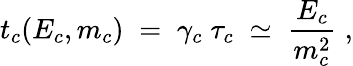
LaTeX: t_{c}(E_{c},m_{c})\; =\; \gamma_{c}\; \tau_{c}\; \simeq\; \frac{E_{c}}{m_{c}^{2}}\; ,